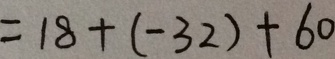
= 1 8 + ( - 3 2 ) + 6 0